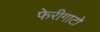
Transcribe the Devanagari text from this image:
फेरीगाटो